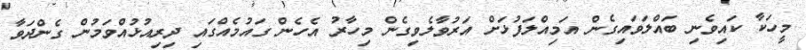
މީހަކާ ކައިވެނި ބައްލަވައިގެން އަމިއްލަފުޅަށް އަރުވާލެވިގެން މިހާރު އެހެން ގައުމެއްގައި ދިރިއުޅުއްވަމުން ގެންދަވާ